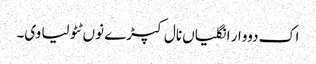
اک دووار انگلیاں نال کپڑے نوں ٹٹولیا وی۔